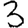
Digit: 3